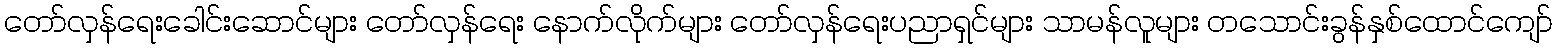
တော်လှန်ရေးခေါင်းဆောင်များ တော်လှန်ရေး နောက်လိုက်များ တော်လှန်ရေးပညာရှင်များ သာမန်လူများ တသောင်းခွန်နှစ်ထောင်ကျော်